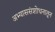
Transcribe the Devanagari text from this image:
अभ्याससंशोधनातून